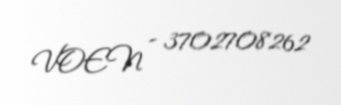
VOEN - 3702708262